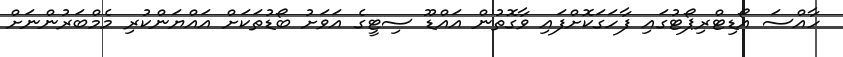
ހާއްސަ އޯޑިޓްރިޕޯޓުގައި ފާހަގަކޮށްފައި ވާގޮތުން އައްޑޫ ސިޓީގެ އަވަށު ބޯޑުތަކަށް އައްޔަންކުރި މެމްބަރުންނަށް